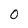
Character: 0